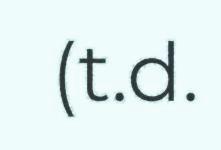
(t.d.